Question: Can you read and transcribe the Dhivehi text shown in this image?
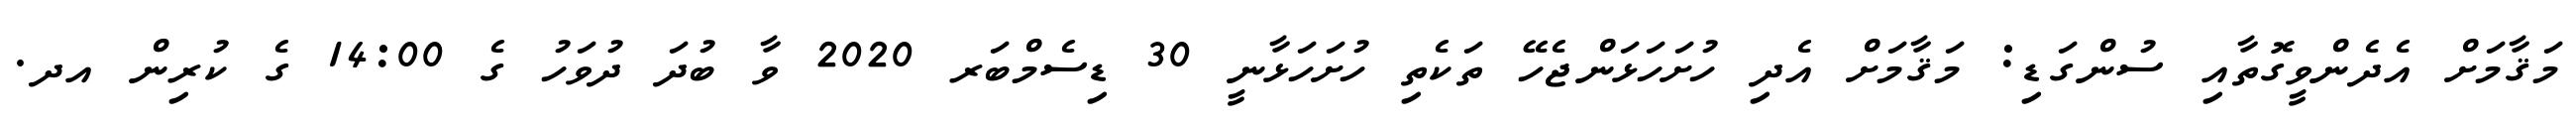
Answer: މަޤާމަށް އެދެންވީގޮތާއި ސުންގަޑި: މަޤާމަށް އެދި ހުށަހަޅަންޖެހޭ ތަކެތި ހުށަހަޅާނީ 30 ޑިސެމްބަރ 2020 ވާ ބުދަ ދުވަހު ގެ 14:00 ގެ ކުރިން އދ.